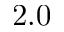
2 . 0